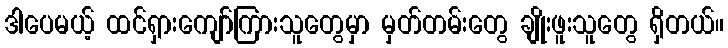
ဒါပေမယ့် ထင်ရှားကျော်ကြားသူတွေမှာ မှတ်တမ်းတွေ ချိုးဖူးသူတွေ ရှိတယ်။